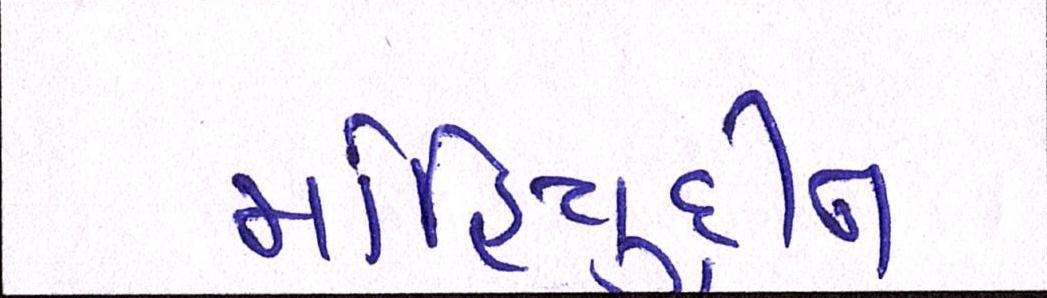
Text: મોહિયુદ્દીન